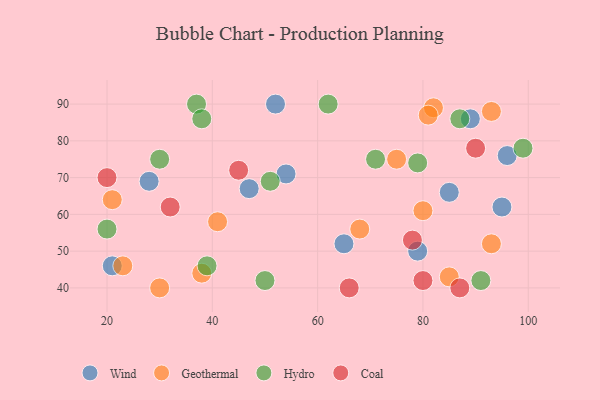
{"axis": {"x": "GDP", "y": "Life Expectancy"}, "legend": ["Coal", "Geothermal", "Hydro", "Wind"], "data": [{"x": "65", "y": 52, "type": "Wind"}, {"x": "47", "y": 67, "type": "Wind"}, {"x": "21", "y": 46, "type": "Wind"}, {"x": "95", "y": 62, "type": "Wind"}, {"x": "28", "y": 69, "type": "Wind"}, {"x": "54", "y": 71, "type": "Wind"}, {"x": "79", "y": 50, "type": "Wind"}, {"x": "89", "y": 86, "type": "Wind"}, {"x": "52", "y": 90, "type": "Wind"}, {"x": "96", "y": 76, "type": "Wind"}, {"x": "85", "y": 66, "type": "Wind"}, {"x": "82", "y": 89, "type": "Geothermal"}, {"x": "93", "y": 52, "type": "Geothermal"}, {"x": "23", "y": 46, "type": "Geothermal"}, {"x": "80", "y": 61, "type": "Geothermal"}, {"x": "75", "y": 75, "type": "Geothermal"}, {"x": "21", "y": 64, "type": "Geothermal"}, {"x": "93", "y": 88, "type": "Geothermal"}, {"x": "85", "y": 43, "type": "Geothermal"}, {"x": "30", "y": 40, "type": "Geothermal"}, {"x": "81", "y": 87, "type": "Geothermal"}, {"x": "68", "y": 56, "type": "Geothermal"}, {"x": "41", "y": 58, "type": "Geothermal"}, {"x": "38", "y": 44, "type": "Geothermal"}, {"x": "71", "y": 75, "type": "Hydro"}, {"x": "30", "y": 75, "type": "Hydro"}, {"x": "50", "y": 42, "type": "Hydro"}, {"x": "37", "y": 90, "type": "Hydro"}, {"x": "62", "y": 90, "type": "Hydro"}, {"x": "79", "y": 74, "type": "Hydro"}, {"x": "99", "y": 78, "type": "Hydro"}, {"x": "38", "y": 86, "type": "Hydro"}, {"x": "20", "y": 56, "type": "Hydro"}, {"x": "91", "y": 42, "type": "Hydro"}, {"x": "51", "y": 69, "type": "Hydro"}, {"x": "87", "y": 86, "type": "Hydro"}, {"x": "39", "y": 46, "type": "Hydro"}, {"x": "20", "y": 70, "type": "Coal"}, {"x": "32", "y": 62, "type": "Coal"}, {"x": "87", "y": 40, "type": "Coal"}, {"x": "45", "y": 72, "type": "Coal"}, {"x": "80", "y": 42, "type": "Coal"}, {"x": "66", "y": 40, "type": "Coal"}, {"x": "90", "y": 78, "type": "Coal"}, {"x": "78", "y": 53, "type": "Coal"}]}